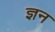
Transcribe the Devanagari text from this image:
ज्ञन